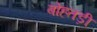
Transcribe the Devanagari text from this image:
बोहतड़ी